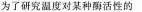
为了研究温度对某种酶活性的